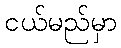
ငယ်မည်မှာ